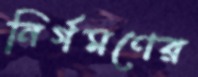
নির্গমণের